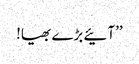
’’آئیے بڑے بھیا!